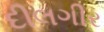
દીલગીર